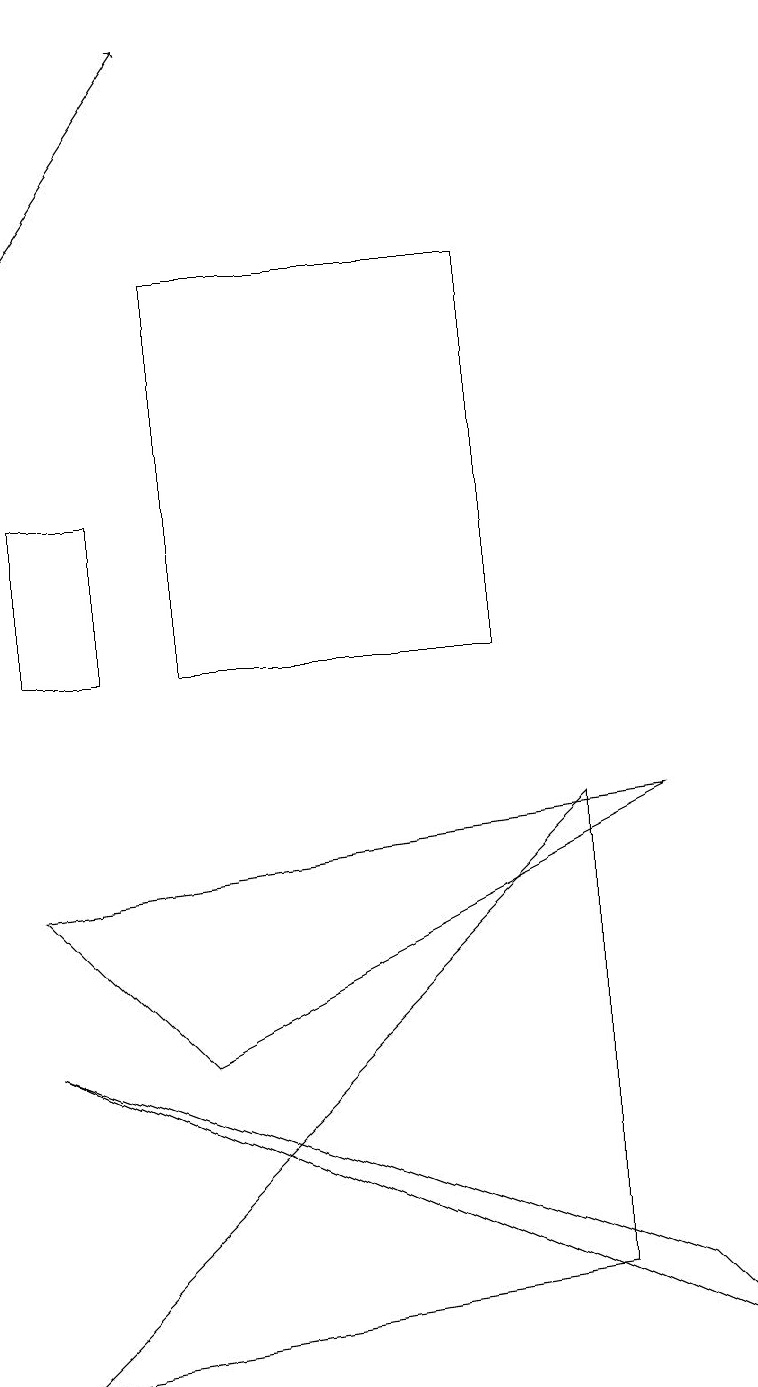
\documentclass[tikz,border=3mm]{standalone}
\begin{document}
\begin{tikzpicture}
\draw (0,1) -- (7,2) -- (7,8) -- cycle;
\draw (6,10) rectangle (2,15);
\draw[->] (0,15) -- (2,18);
\draw (9,1) -- (8,2) -- (0,5) -- cycle;
\draw (0,12) rectangle (1,10);
\draw (0,7) -- (8,8) -- (2,5) -- cycle;
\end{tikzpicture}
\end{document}